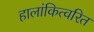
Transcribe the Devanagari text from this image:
हालांकित्वरित